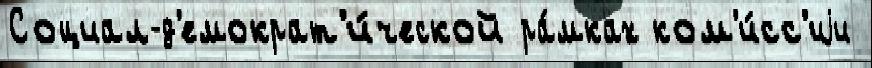
Социал-д'емократ'и́ческой ра́мках ком'и́сс'иjи